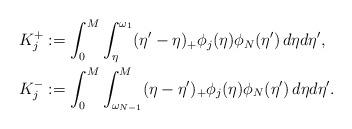
LaTeX: \begin{align*} K_j^+ &:= \int_0^M\int_\eta^{\omega_1}(\eta'-\eta)_+\phi_j(\eta)\phi_N(\eta')\,d\eta d\eta', \\K_j^- &:= \int_0^M\int_{\omega_{N-1}}^M(\eta-\eta')_+\phi_j(\eta)\phi_N(\eta')\,d\eta d\eta'.\end{align*}